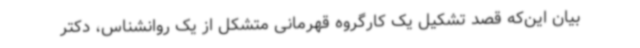
بیان این‌که قصد تشکیل یک کارگروه قهرمانی متشکل از یک روانشناس، دکتر